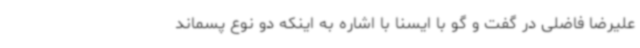
علیرضا فاضلی در گفت و گو با ایسنا با اشاره به اینکه دو نوع پسماند